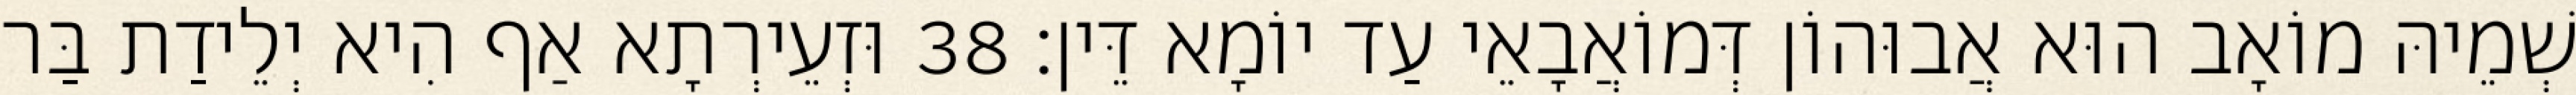
שְׁמֵיהּ מוֹאָב הוּא אֲבוּהוֹן דְּמוֹאֲבָאֵי עַד יוֹמָא דֵּין׃ 38 וּזְעֵירְתָא אַף הִיא יְלֵידַת בַּר